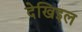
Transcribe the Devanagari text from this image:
देखिइल